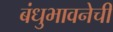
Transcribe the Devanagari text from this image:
बंधुभावनेची